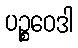
ပဉ္စဝေဒါ